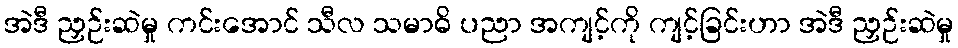
အဲဒီ ညှဉ်းဆဲမှု ကင်းအောင် သီလ သမာဓိ ပညာ အကျင့်ကို ကျင့်ခြင်းဟာ အဲဒီ ညှဉ်းဆဲမှု